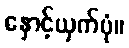
နှောင့်ယှက်ပုံ။